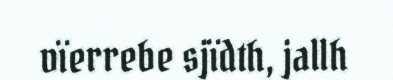
vïerrebe sjïdth, jallh